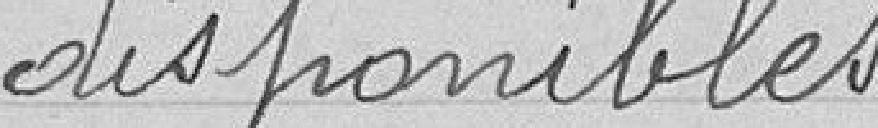
disponibles